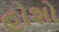
હોશો